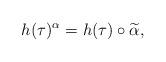
LaTeX: \begin{align*}h(\tau)^\alpha=h(\tau)\circ\widetilde{\alpha},\end{align*}